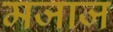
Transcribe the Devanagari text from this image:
मजाज